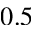
0 . 5